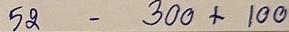
52 - 300 + 100